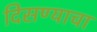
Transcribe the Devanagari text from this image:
दिसण्याचा